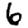
Digit: 6